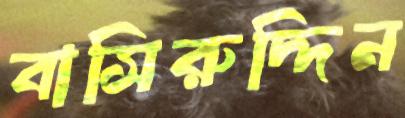
বাসিরুদ্দিন